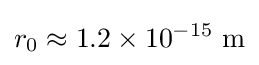
r_{0}\approx 1.2\times 10^{-15}\ {\text{m}}